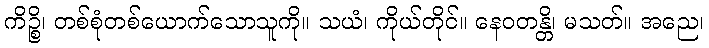
ကိဉ္စိ၊ တစ်စုံတစ်ယောက်သောသူကို။ သယံ၊ ကိုယ်တိုင်။ နေဝတန္တိ၊ မသတ်။ အညေ၊